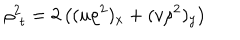
\rho _ { \, \, t } ^ { 2 } = 2 \left( ( u \rho ^ { 2 } ) _ { x } + ( v \rho ^ { 2 } ) _ { y } \right)